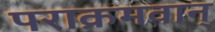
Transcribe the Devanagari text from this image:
पराक्रमवान्